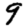
Digit: 9